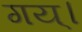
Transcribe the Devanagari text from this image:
गय्।